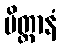
မိတ္တာနံ